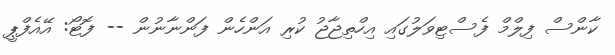
ކާންސް ފިލްމް ފެސްޓިވަލުގައި އިހްތިޖާޖު ކުރި އަންހެން ފަންނާނުން -- ފޮޓޯ: އޭއެފްޕީ